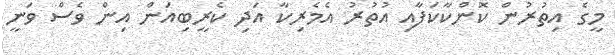
މީގެ އިތުރުން ކޮންކާކަފާއި އުތުރު އެމެރިކާ އަދި ކެރީބިއަން އިން ވެސް ވަނީ